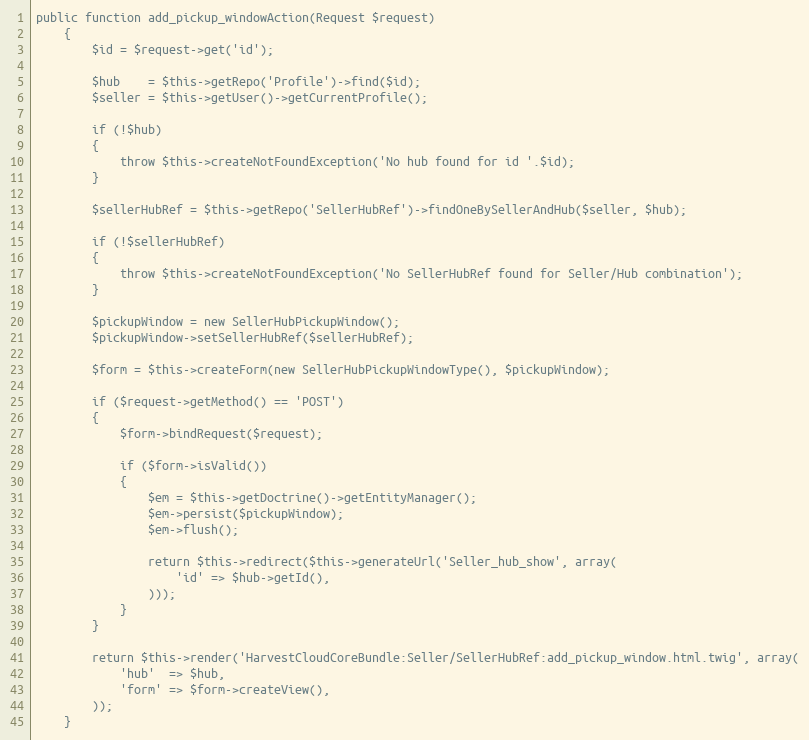
Language: PHP
public function add_pickup_windowAction(Request $request)
    {
        $id = $request->get('id');

        $hub    = $this->getRepo('Profile')->find($id);
        $seller = $this->getUser()->getCurrentProfile();

        if (!$hub)
        {
            throw $this->createNotFoundException('No hub found for id '.$id);
        }

        $sellerHubRef = $this->getRepo('SellerHubRef')->findOneBySellerAndHub($seller, $hub);

        if (!$sellerHubRef)
        {
            throw $this->createNotFoundException('No SellerHubRef found for Seller/Hub combination');
        }

        $pickupWindow = new SellerHubPickupWindow();
        $pickupWindow->setSellerHubRef($sellerHubRef);

        $form = $this->createForm(new SellerHubPickupWindowType(), $pickupWindow);

        if ($request->getMethod() == 'POST')
        {
            $form->bindRequest($request);

            if ($form->isValid())
            {
                $em = $this->getDoctrine()->getEntityManager();
                $em->persist($pickupWindow);
                $em->flush();

                return $this->redirect($this->generateUrl('Seller_hub_show', array(
                    'id' => $hub->getId(),
                )));
            }
        }

        return $this->render('HarvestCloudCoreBundle:Seller/SellerHubRef:add_pickup_window.html.twig', array(
            'hub'  => $hub,
            'form' => $form->createView(),
        ));
    }